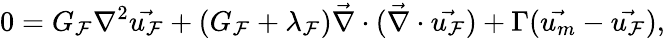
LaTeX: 0=G_{\mathcal{F}}\nabla^{2}\vec{{u_{\mathcal{F}}}}+(G_{\mathcal{F}}+\lambda_{\mathcal{F}})\vec{{\nabla}}\cdot(\vec{{\nabla}}\cdot\vec{{u_{\mathcal{F}}}})+\Gamma(\vec{{u_{m}}}-\vec{{u_{\mathcal{F}}}}),